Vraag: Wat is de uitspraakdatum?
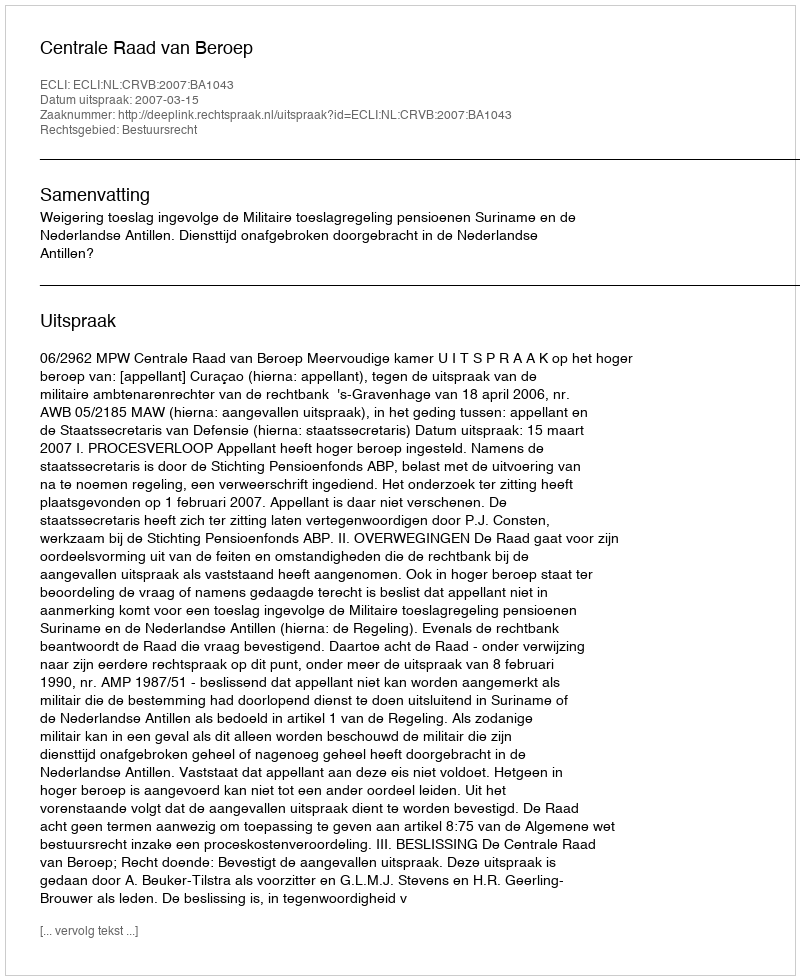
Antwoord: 2007-03-15